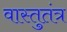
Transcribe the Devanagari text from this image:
वास्तुतंत्र